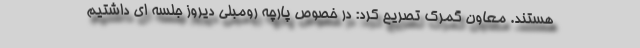
هستند. معاون گمرک تصریح کرد: در خصوص پارچه رومبلی دیروز جلسه ای داشتیم